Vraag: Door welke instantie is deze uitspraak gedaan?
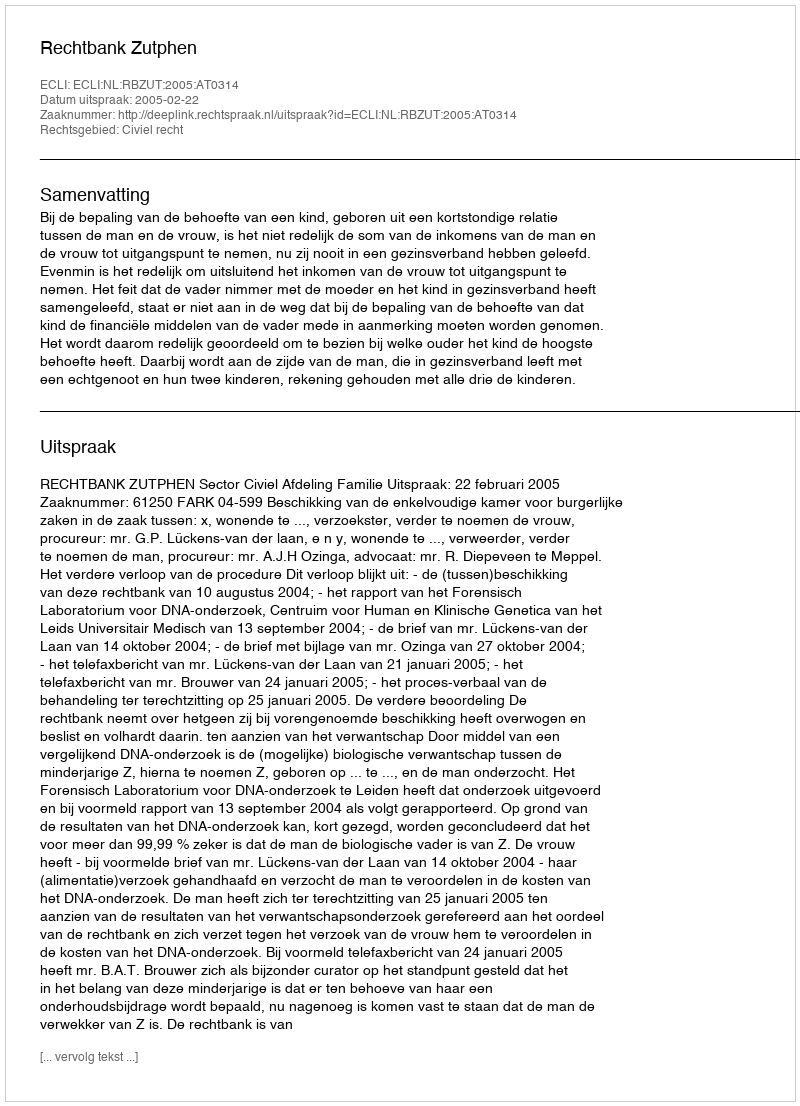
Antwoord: Rechtbank Zutphen